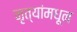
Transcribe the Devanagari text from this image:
नृत्यांमधून